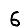
Digit: 6